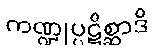
ကဏ္ဍုပ္ပဋိစ္ဆာဒိ